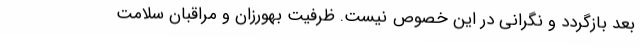
بعد بازگردد و نگرانی در این خصوص نیست. ظرفیت بهورزان و مراقبان سلامت